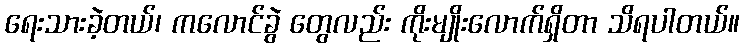
ရေးသားခဲ့တယ်၊ ကလောင်ခွဲ တွေလည်း ကိုးမျိုးလောက်ရှိတာ သိရပါတယ်။